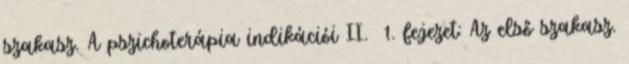
szakasz. A pszichoterápia indikációi II. 1. fejezet: Az első szakasz.